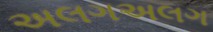
અલગઅલગ